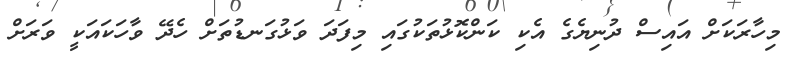
މިހާރަކަށް އައިސް ދުނިޔެގެ އެކި ކަންކޮޅުތަކުގައި މިފަދަ ވަޅުގަނޑުތަށް ހެދޭ ވާހަކައަކީ ވަރަށް